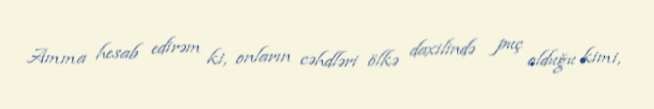
Amma hesab edirəm ki, onların cəhdləri ölkə daxilində puç olduğu kimi,